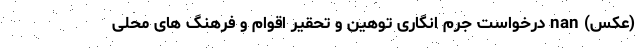
(عکس) nan درخواست جرم انگاری توهین و تحقیر اقوام و فرهنگ های محلی